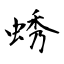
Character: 蜏